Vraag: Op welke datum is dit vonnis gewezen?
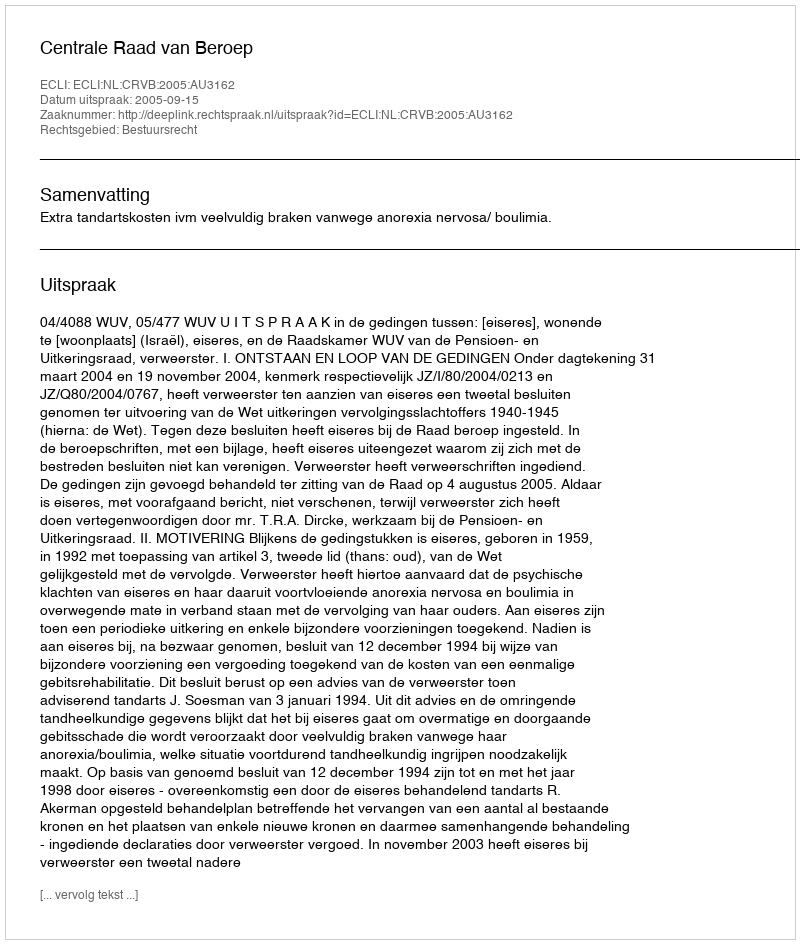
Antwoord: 2005-09-15